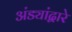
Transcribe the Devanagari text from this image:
अंड्यांद्वारे